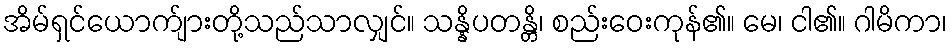
အိမ်ရှင်ယောက်ျားတို့သည်သာလျှင်။ သန္နိပတန္တိ၊ စည်းဝေးကုန်၏။ မေ၊ ငါ၏။ ဂါမိကာ၊